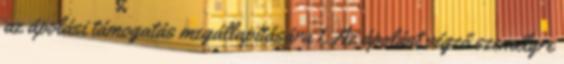
az ápolási támogatás megállapítására 1. Az ápolást végző személyre